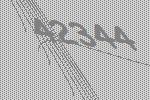
42344